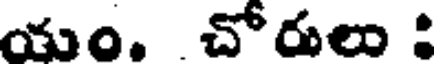
యం. చోరులు :